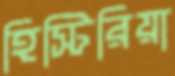
হিস্টিরিয়া